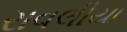
રાવલીયા